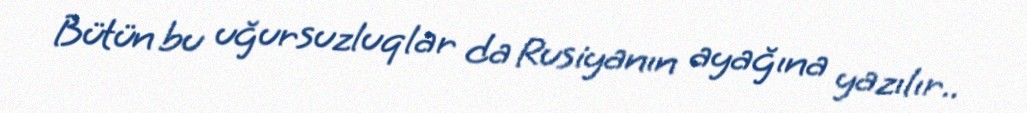
Bütün bu uğursuzluqlar da Rusiyanın ayağına yazılır..